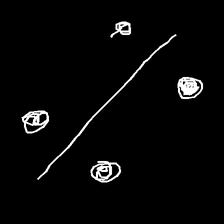
Glyph: cool